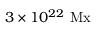
3 \times 1 0 ^ { 2 2 } \ \mathrm { M x }